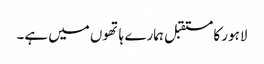
لاہور کا مستقبل ہمارے ہاتھوں میں ہے۔